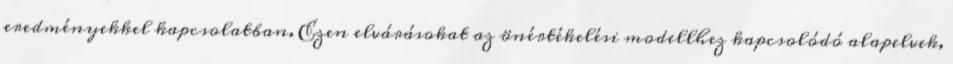
eredményekkel kapcsolatban. Ezen elvárásokat az önértékelési modellhez kapcsolódó alapelvek,